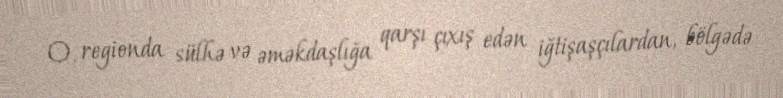
O, regionda sülhə və əməkdaşlığa qarşı çıxış edən iğtişaşçılardan, bölgədə